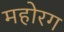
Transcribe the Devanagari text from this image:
महोरग